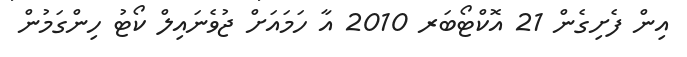
އިން ފެށިގެން 21 އޮކްޓޯބަރ 2010 އާ ހަމައަށް ޖުވެނައިލް ކޯޓު ހިންގަމުން